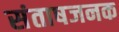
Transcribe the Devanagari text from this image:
संताषजनक